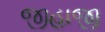
જીહાજી